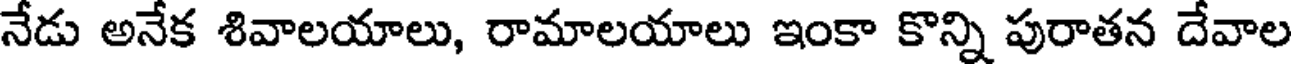
నేడు అనేక శివాలయాలు, రామాలయాలు ఇంకా కొన్ని పురాతన దేవాల